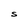
Character: S